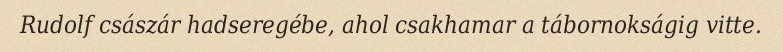
Rudolf császár hadseregébe, ahol csakhamar a tábornokságig vitte.